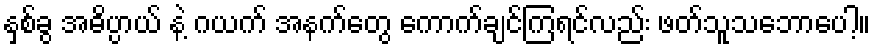
နှစ်ခွ အဓိပ္ပာယ် နဲ့ ဂယက် အနက်တွေ ကောက်ချင်ကြရင်လည်း ဖတ်သူသဘောပေါ့။